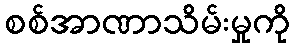
စစ်အာဏာသိမ်းမှုကို